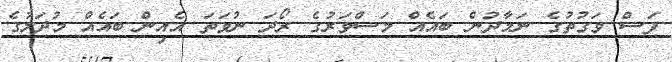
ފަސް ވަގުތުގެ ނަމާދުން ބައެއް މަސްވަރުގެ ރޯދަ ނުވަތަ އެއިން ބައެއް މުދަލުގެ